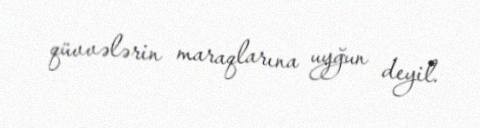
qüvvələrin maraqlarına uyğun deyil.